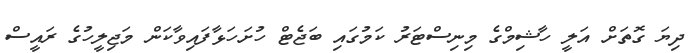
ދިޔަ ގޮތަށް އަލީ ހާޝިމްގެ މިނިސްޓަރު ކަމުގައި ބަޖެޓް ހުށަހަޅާފައިވާކަން މަޖިލީހުގެ ރައީސް